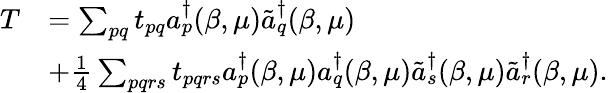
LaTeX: \begin{array}{rl}{T}&{=\sum_{pq}t_{pq}a_{p}^{\dagger}(\beta,\mu)\tilde{a}_{q}^{\dagger}(\beta,\mu)}\\ &{+\frac{1}{4}\sum_{pqrs}t_{pqrs}a_{p}^{\dagger}(\beta,\mu)a_{q}^{\dagger}(\beta,\mu)\tilde{a}_{s}^{\dagger}(\beta,\mu)\tilde{a}_{r}^{\dagger}(\beta,\mu).}\end{array}